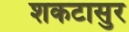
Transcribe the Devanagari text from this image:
शकटासुर